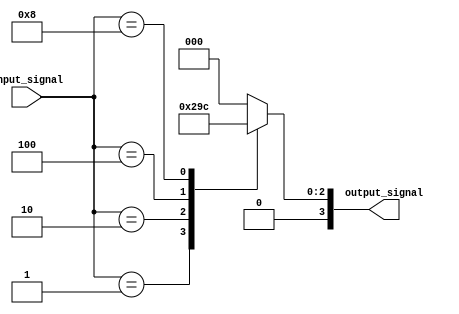
module decoder (
    input wire [7:0] input_signal,
    output reg [3:0] output_signal
);

always @ (input_signal)
begin

    case (input_signal)
        8'b0000_0001: output_signal <= 4'b0001;
        8'b0000_0010: output_signal <= 4'b0010;
        8'b0000_0100: output_signal <= 4'b0011;
        8'b0000_1000: output_signal <= 4'b0100;
        default: output_signal <= 4'b0000;
    endcase

end

endmodule